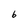
Character: b